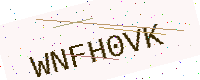
Text: WNFH0VK